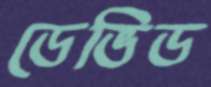
ডেভিড